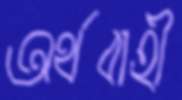
অর্থবাহী